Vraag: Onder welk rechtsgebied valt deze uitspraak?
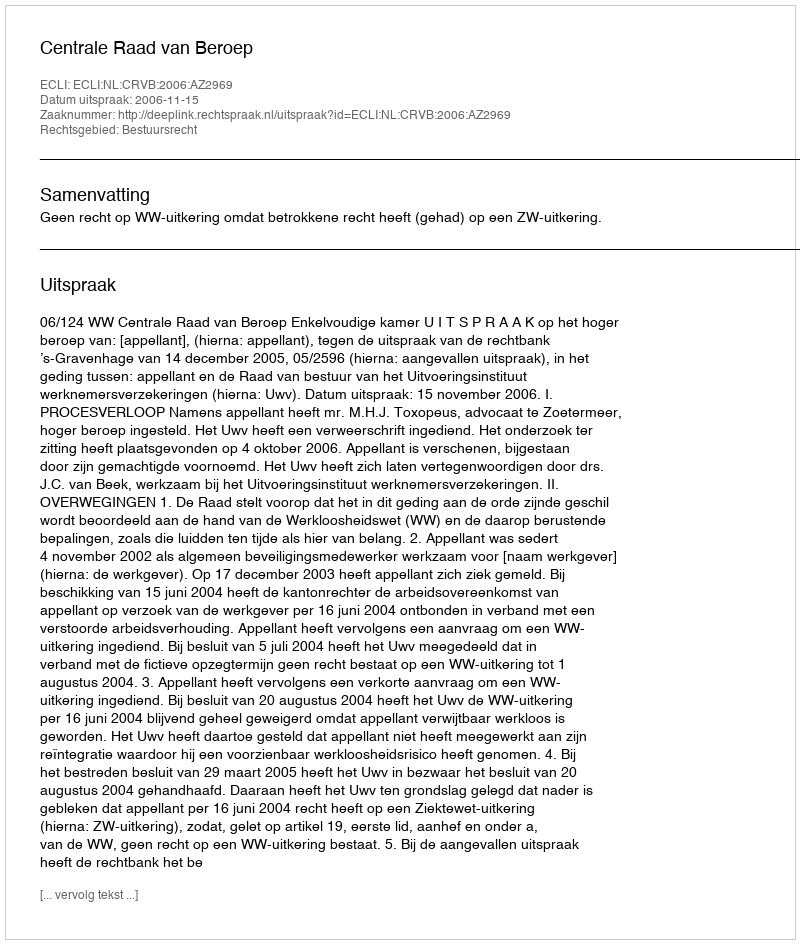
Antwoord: Bestuursrecht